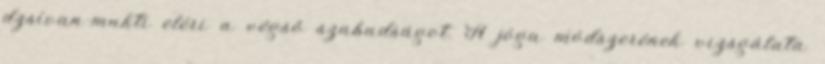
dzsívan-mukti eléri a végső szabadságot. A jóga módszerének vizsgálata